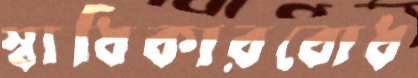
স্বাধিকারবোধ